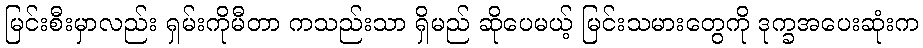
မြင်းစီးမှာလည်း ရှမ်းကိုမီတာ ကသည်းသာ ရှိမည် ဆိုပေမယ့် မြင်းသမားတွေကို ဒုက္ခအပေးဆုံးက